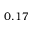
0 . 1 7